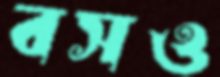
বসও